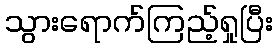
သွားရောက်ကြည့်ရှုပြီး